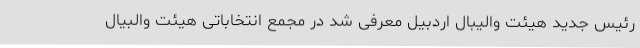
رئیس جدید هیئت والیبال اردبیل معرفی شد در مجمع انتخاباتی هیئت والبیال